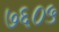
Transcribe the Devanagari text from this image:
७६०५